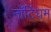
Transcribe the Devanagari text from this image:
नाॅटिंघम